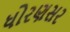
ધોરણસર